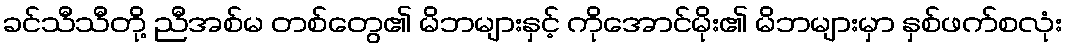
ခင်သီသီတို့ ညီအစ်မ တစ်တွေ၏ မိဘများနှင့် ကိုအောင်မိုး၏ မိဘများမှာ နှစ်ဖက်စလုံး